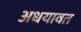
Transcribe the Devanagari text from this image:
अधयावत